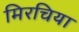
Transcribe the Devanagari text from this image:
मिरचिया